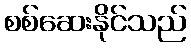
စစ်ဆေးနိုင်သည်